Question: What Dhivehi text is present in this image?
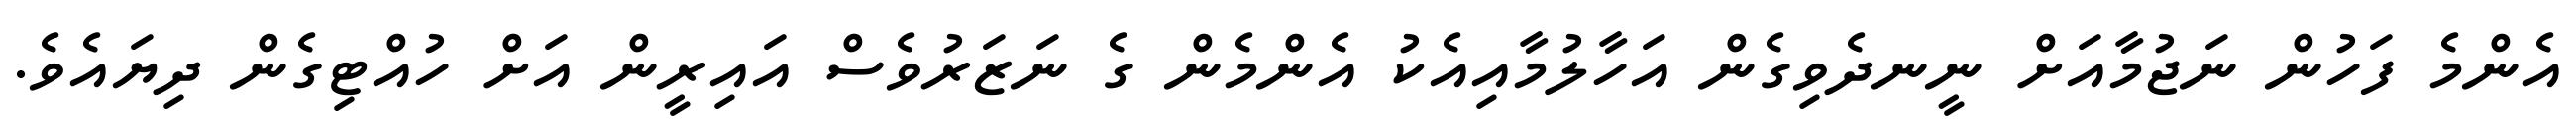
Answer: އެންމެ ފަހުން ނަޖުމާއަށް ނީނދެވިގެން އަހާލުމާއިއެކު އެންމެން ގެ ނަޒަރުވެސް އައިރީން އަށް ހުއްޓިގެން ދިޔައެވެ.